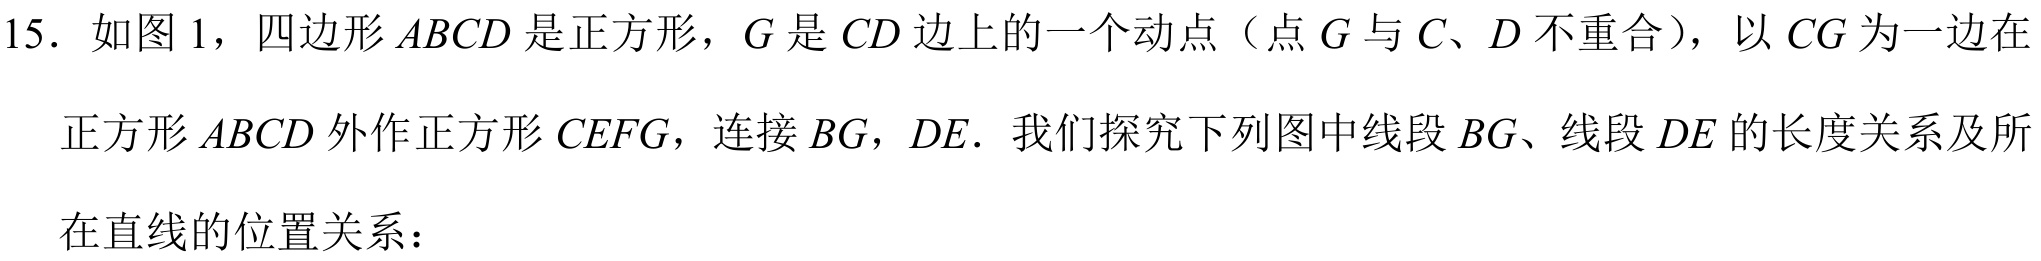
15. 如图 1，四边形 \(ABCD\) 是正方形，\(G\) 是 \(CD\) 边上的一个动点（点 \(G\) 与 \(C\)、\(D\) 不重合），以 \(CG\) 为一边在正方形 \(ABCD\) 外作正方形 \(CEFG\)，连接 \(BG\)，\(DE\)．我们探究下列图中线段 \(BG\)、线段 \(DE\) 的长度关系及所在直线的位置关系：